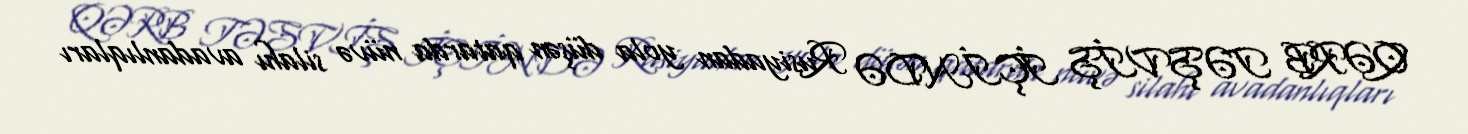
QƏRB TƏŞVİŞ İÇİNDƏ Rusiyadan yola düşən qatarda nüvə silahı avadanlıqları